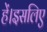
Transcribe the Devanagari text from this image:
हें।इसलिए